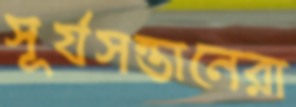
সূর্যসন্তানেরা